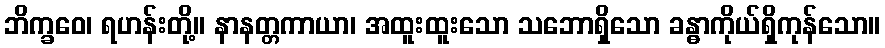
ဘိက္ခဝေ၊ ရဟန်းတို့။ နာနတ္တကာယာ၊ အထူးထူးသော သဘောရှိသော ခန္ဓာကိုယ်ရှိကုန်သော။